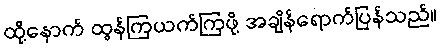
ထို့နောက် ထွန်ကြယက်ကြဖို့ အချိန်ရောက်ပြန်သည်။